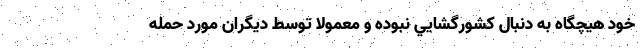
خود هيچگاه به دنبال كشورگشايي نبوده و معمولا توسط ديگران مورد حمله